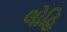
લોહિ